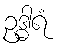
ဥဒ္ဓါရံ